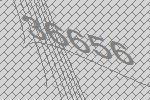
36656